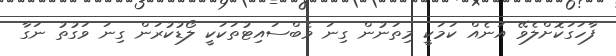
ފާހަގަކޮށްލެވޭ އަނެއް ކަމަކީ މިތަނުން ގިނަ ވެބްސައިޓުތަކަކީ ލޯޑުކުރަން ގިނަ ވަގުތު ނަގާ